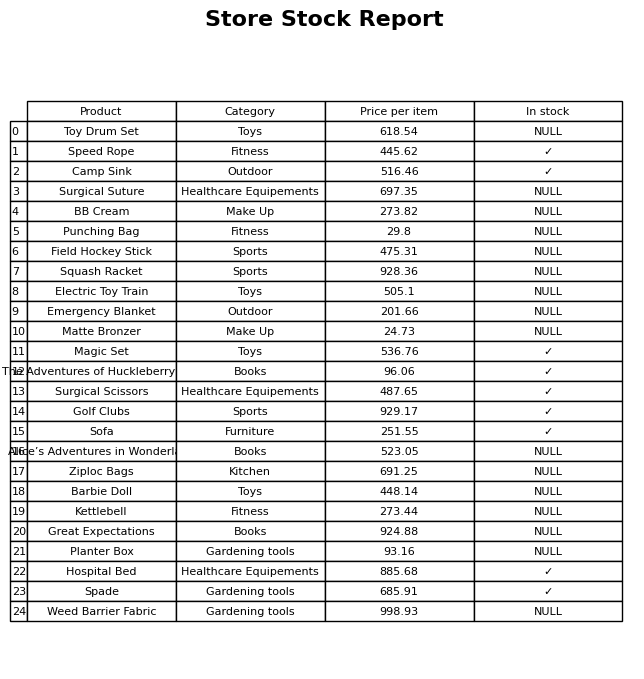
question: What is the stock status of the Great Expectations?
answer: NULL